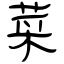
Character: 菜